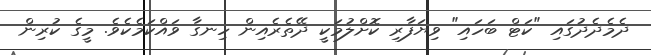
ދެމެދެދުގައި "ކަޓް ބަހައި" ވިޔަފާރި ކޮށްލުމަކީ ދޭތެރެއިން ހިނގާ ވައްކަމެކެވެ. މީގެ ކުރިން